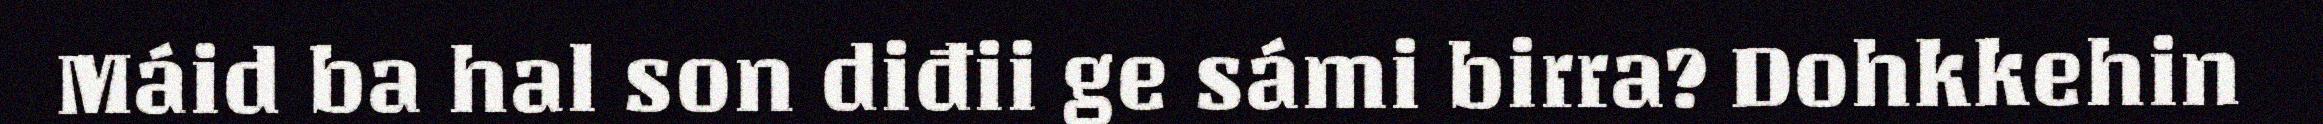
Máid ba hal son diđii ge sámi birra? Dohkkehin